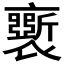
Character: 𧞗